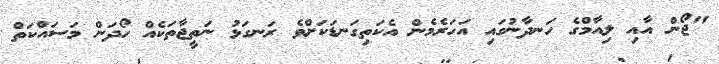
"ޖޯން އާއި ލިއާމްގެ ހަނދާނުގައި އަހަރެމެން އެކަތިގަނޑަކަށްވެ ރަނގަޅު ނަތީޖާތަކެއް ހޯދަން މަސައްކަތް